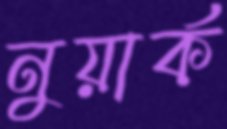
নুয়ার্ক